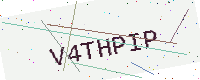
Text: V4THPIP